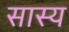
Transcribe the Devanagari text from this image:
सास्य